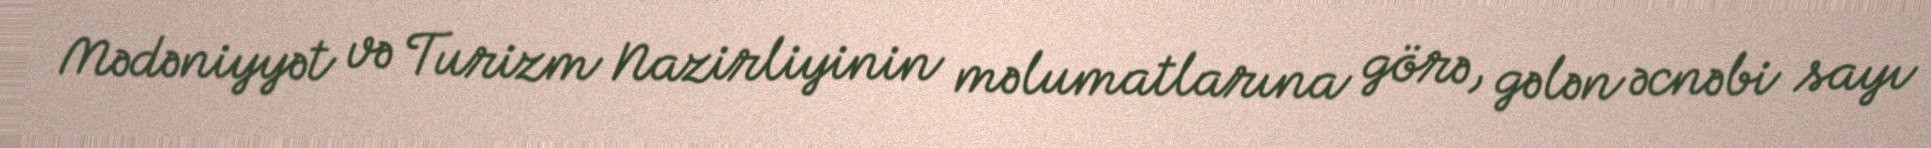
Mədəniyyət və Turizm Nazirliyinin məlumatlarına görə, gələn əcnəbi sayı